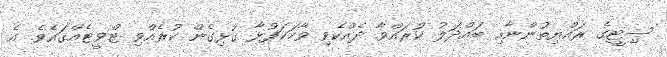
ސިިޓީގެ ރައްޔިތުންނާއި ބައްދަލު ކުރައްވާ ދެއްކެވި ވާހަކަފުޅާ ގުޅިގެން ކުރެއްވި ޓްވީޓެއްގައެވެ. އެ